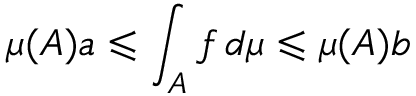
\mu ( A ) a \leqslant \int _ { A } f \, d \mu \leqslant \mu ( A ) b